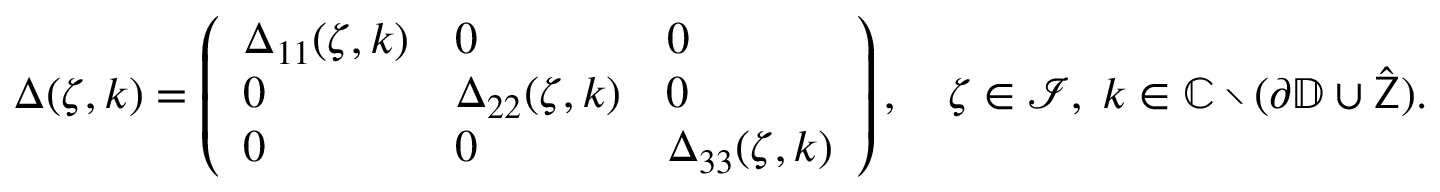
\begin{array} { r } { \Delta ( \zeta , k ) = \left( \begin{array} { l l l } { \Delta _ { 1 1 } ( \zeta , k ) } & { 0 } & { 0 } \\ { 0 } & { \Delta _ { 2 2 } ( \zeta , k ) } & { 0 } \\ { 0 } & { 0 } & { \Delta _ { 3 3 } ( \zeta , k ) } \end{array} \right) , \quad \zeta \in \mathcal { I } , \; k \in \mathbb { C } \setminus ( \partial \mathbb { D } \cup \hat { \mathsf { Z } } ) . } \end{array}